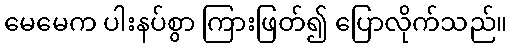
မေမေက ပါးနပ်စွာ ကြားဖြတ်၍ ပြောလိုက်သည်။